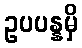
ဥပပန္နမှိ